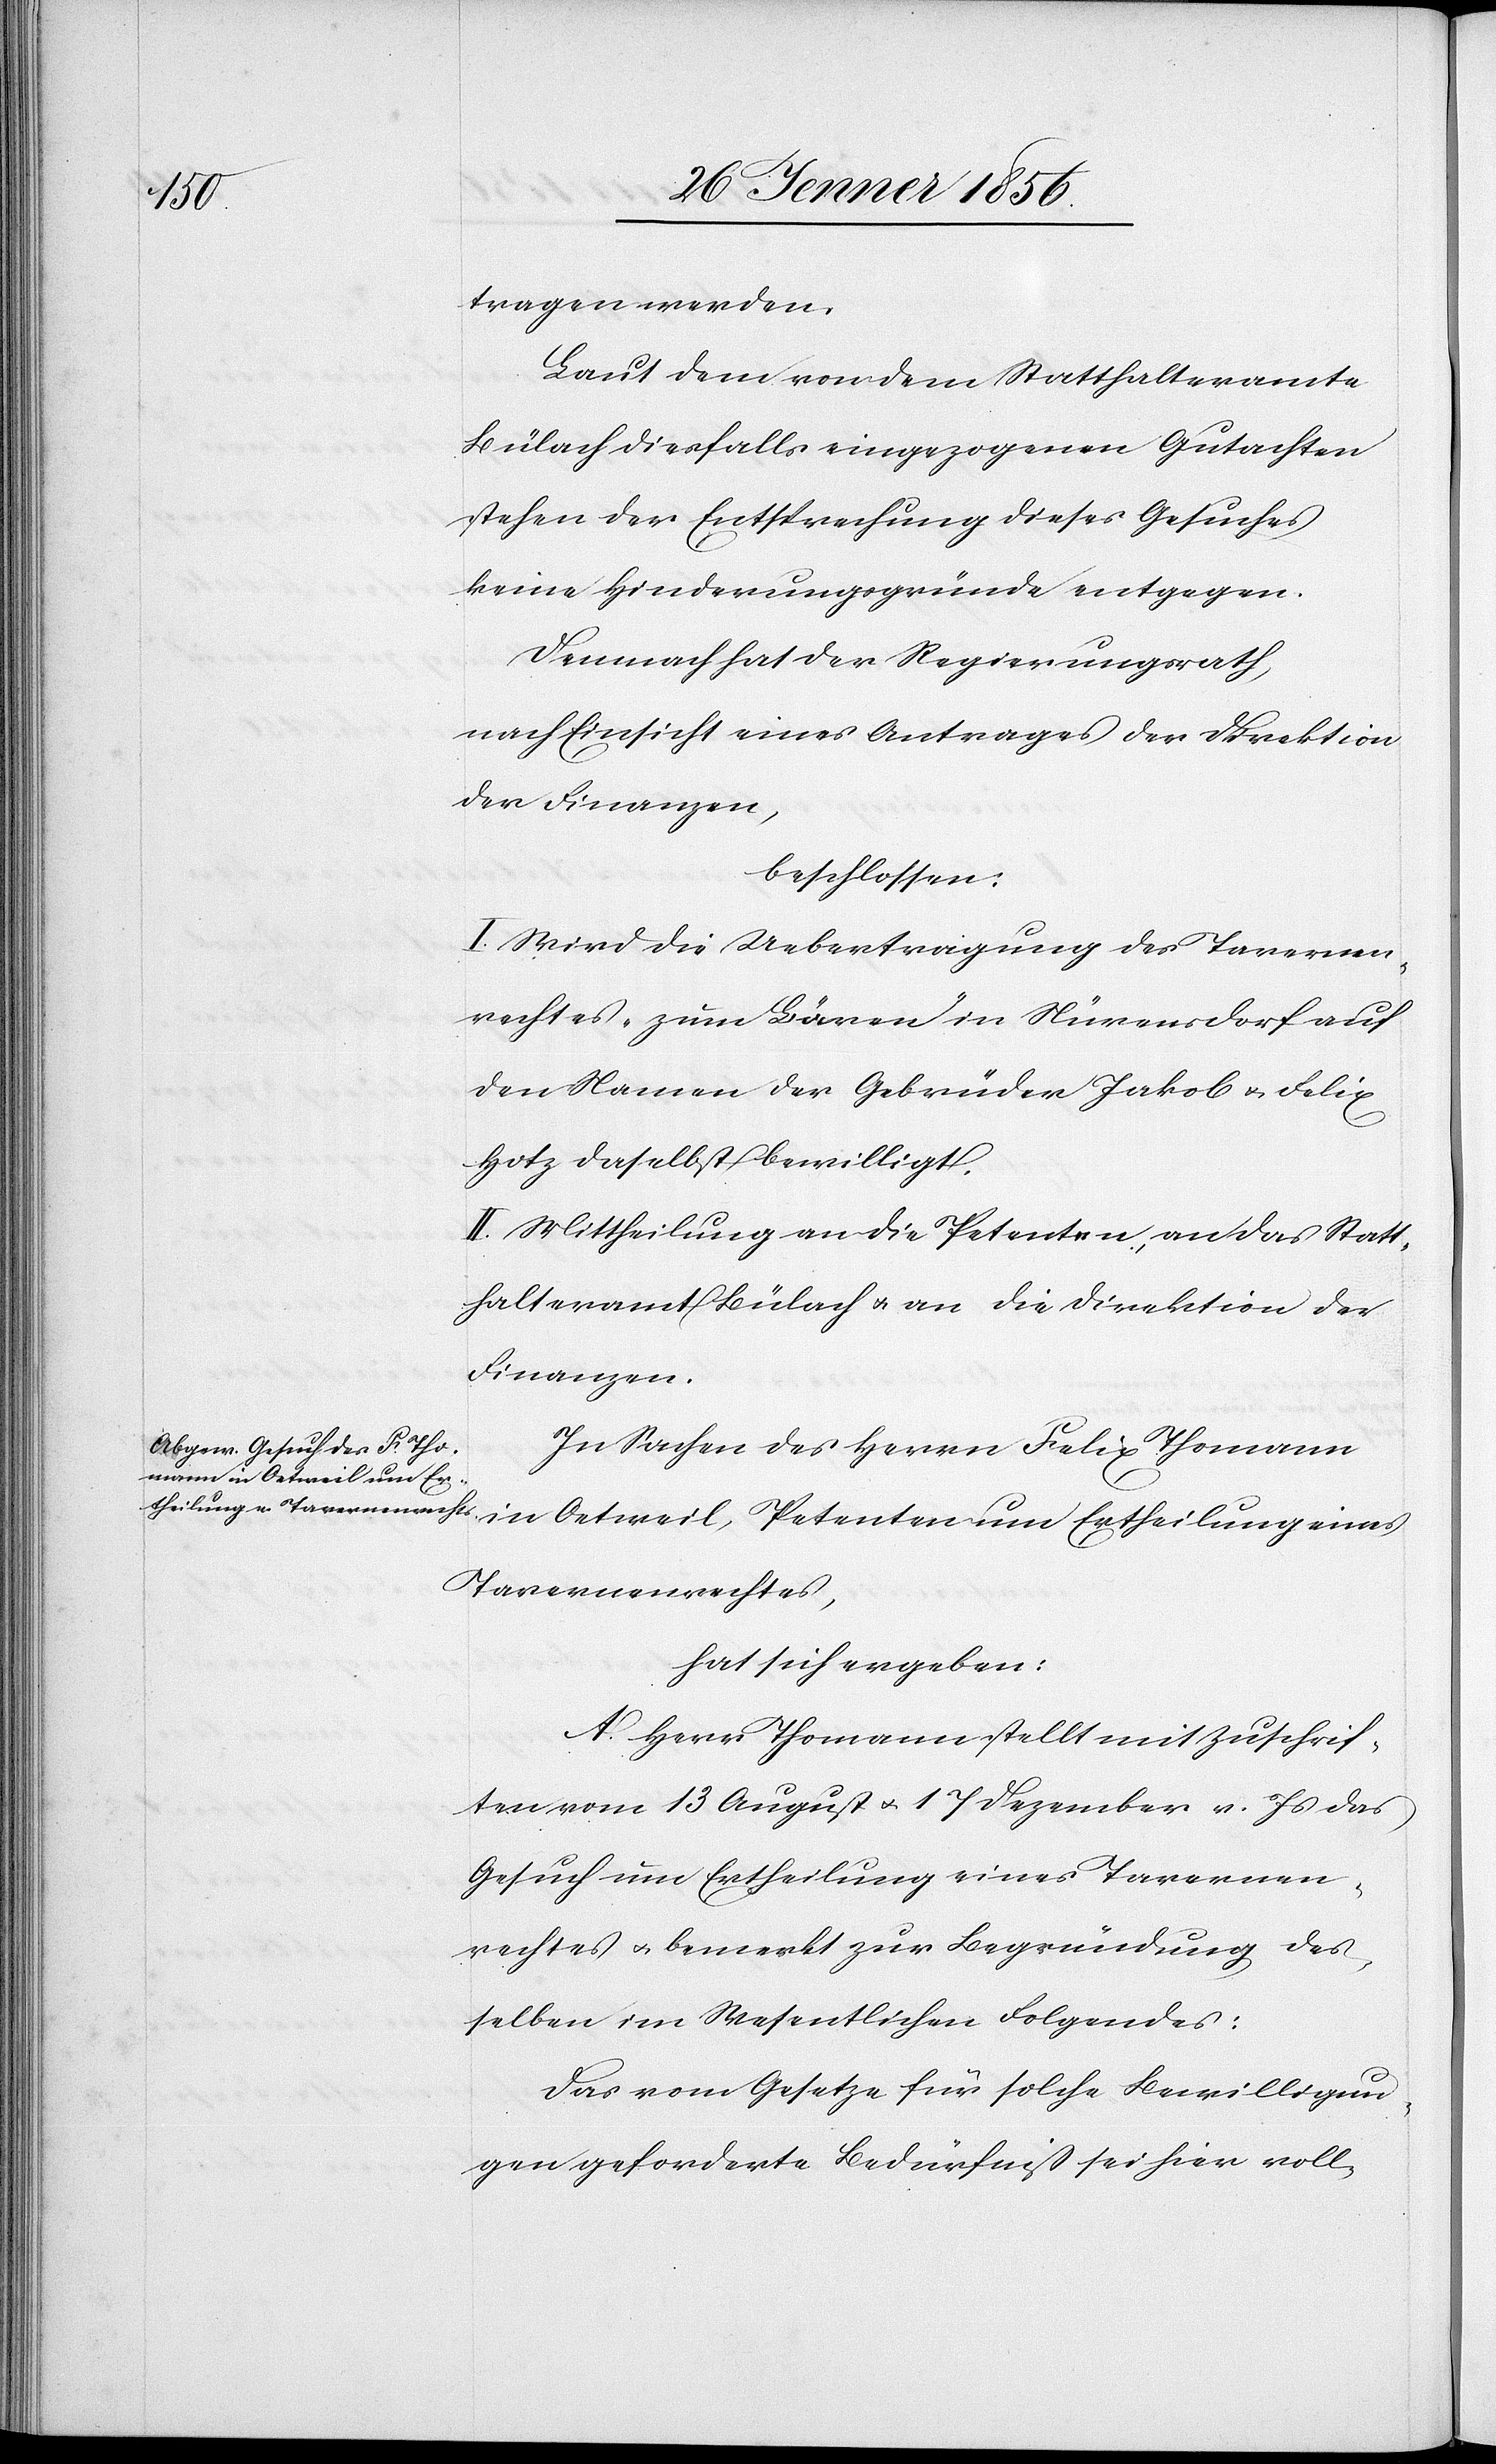
tragen werden.
Laut dem von dem Statthalteramte
Bülach diesfalls eingezogenen Gutachten
stehen der Entsprechung dieses Gesuches
keine Hinderungsgründe entgegen.
Demnach hat der Regierungsrath,
nach Einsicht eines Antrages der Direktion
der Finanzen,
beschlossen:
I. Wird die Uebertragung des Tavernen¬
rechtes „zum Bären“ in Nürensdorf auf
den Namen der Gebrüder Jakob u. Felix
Hotz daselbst bewilligt.
II. Mittheilung an die Petenten, an das Statt¬
halteramt Bülach u. an die Direktion der
Finanzen.
In Sachen des Herrn Felix Thomann
Tavernenrechtes,
hat sich ergeben:
A. Herr Thomann stellt mit Zuschrif¬
ten vom 13 August u. 17 Dezember v. Js das
Gesuch um Ertheilung eines Tavernen¬
rechtes u. bemerkt zur Begründung des¬
selben im Wesentlichen Folgendes:
Das vom Gesetze für solche Bewilligun¬
gen geforderte Bedürfniß sei hier voll-